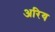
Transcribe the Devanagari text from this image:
अरिय